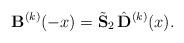
LaTeX: \begin{align*}{\bf B}^{(k) } (-x)= \tilde{\bf S}_2 \, \hat{{\bf D}}^{(k)} (x).\end{align*}